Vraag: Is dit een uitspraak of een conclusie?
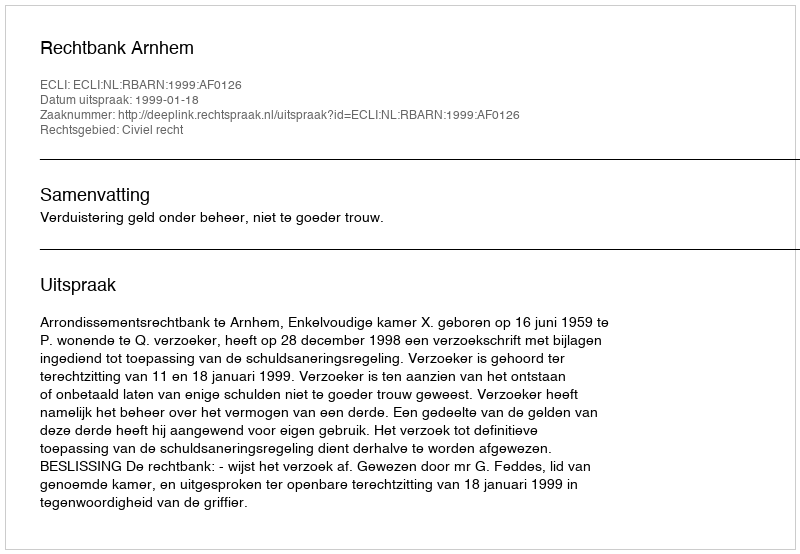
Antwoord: Uitspraak